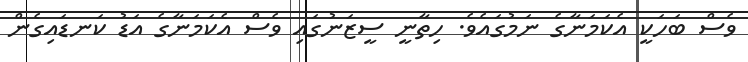
ވެސް ބަހަކީ އެކަމަނާގެ ނަމުގައެވެ. ހިތާނީ ސީޒަނުގައި ވެސް އެކަމަނާގެ އަޑު ކަނޑައިގެން